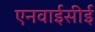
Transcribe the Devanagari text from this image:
एनवाईसीई